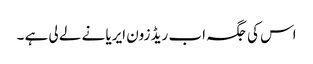
اس کی جگہ اب ریڈ زون ایریا نے لے لی ہے ۔